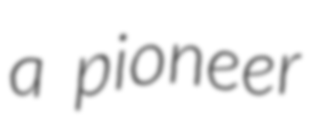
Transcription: a pioneer